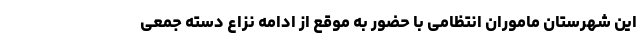
این شهرستان ماموران انتظامی با حضور به موقع از ادامه نزاع دسته جمعی